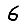
Digit: 6